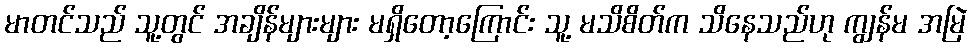
မာတင်သည် သူ့တွင် အချိန်များများ မရှိတော့ကြောင်း သူ့ မသိစိတ်က သိနေသည်ဟု ကျွန်မ အမြဲ